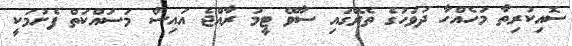
ސޮއިކުރިތާ މަހެއްހާ ދުވަހުގެ ތެރޭގައި ސާވޭ ޓީމު ރާއްޖެ އައިސް މަސައްކަތް ފެށުމަކީ